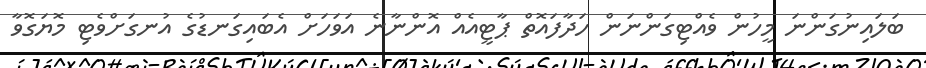
ބަލައިނުގަންނަ މީހުން ވެއްޓިގަންނަން ހަދާފައޮތް ޕާޓީއެއް އޮންނާނެ އަވަހަށް އެބައިގަނޑުގެ އުނގަށްވެޓި މޮޔަގޮވާ